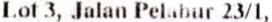
LOT 3, JALAN PELABUR 23/1,